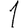
Digit: 1